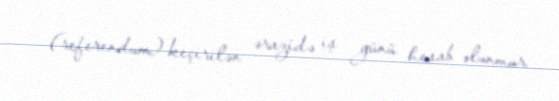
(referendum) keçirilən ərazidə iş günü hesab olunmur.